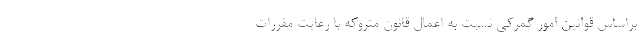
براساس قوانین امور گمرکی نسبت به اعمال قانون متروکه با رعایت مقررات